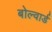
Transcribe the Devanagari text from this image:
बोल्वार्ड